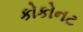
કોકોનટ